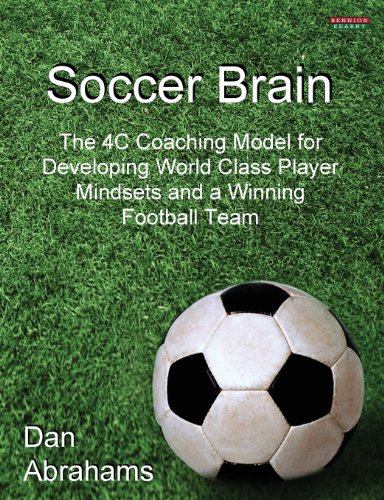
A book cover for Soccer Brain: The 4C Coaching Model for Developing World Class Player Mindsets and a Winning Football Team; Dan Abrahams; Sports & Outdoors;